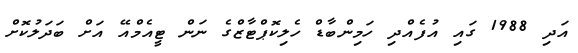
އަދި 1988 ގައި އުފެއްދި ހަމިންބާޑް ހެލިކޮޕްޓާޒްގެ ނަން ޓީއެމްއޭ އަށް ބަދަލުކޮށް